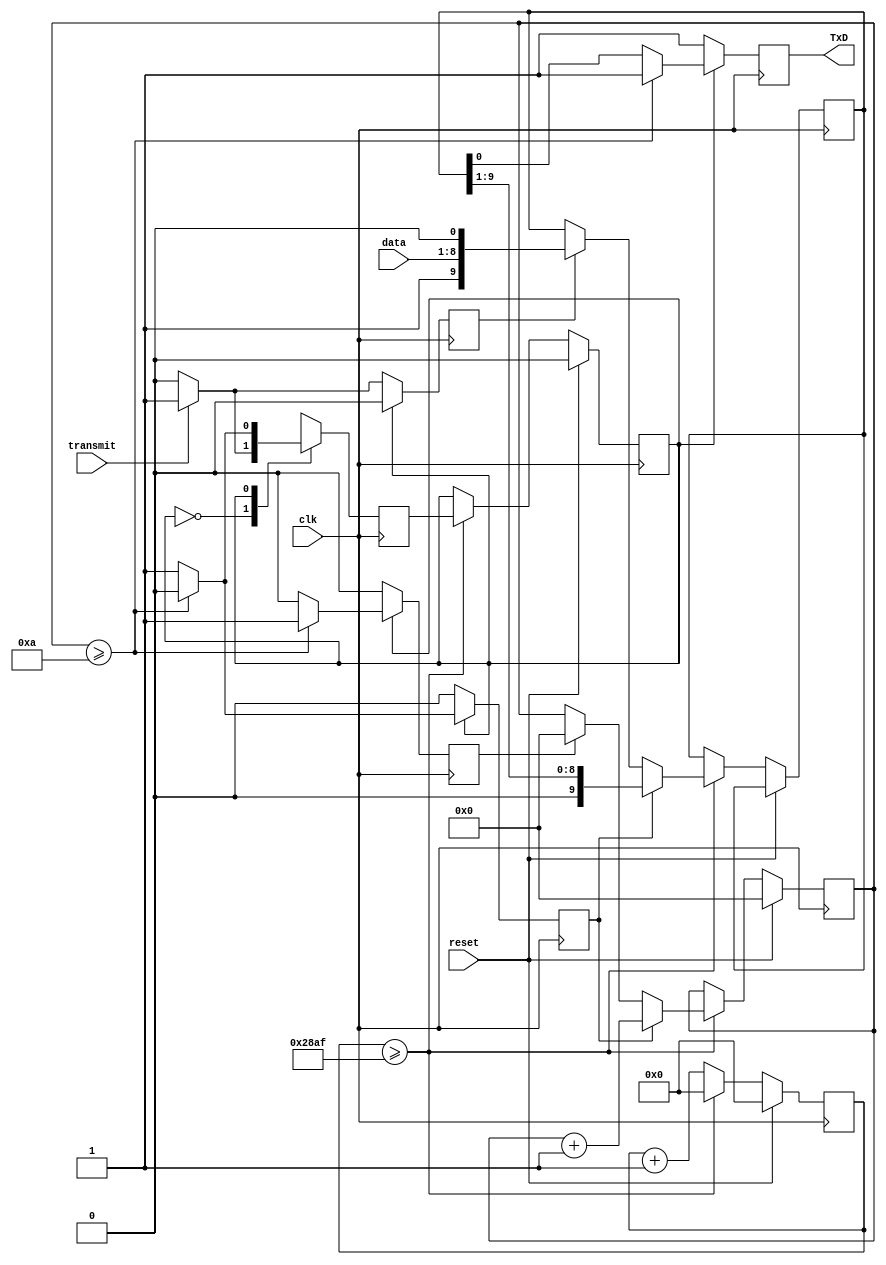
`timescale 1ns/1ps

module transmitter(
input clk, //UART input clock
input reset, // reset signal
input transmit, //btn signal to trigger the UART communication
input [7:0] data, // data transmitted
output reg TxD // Transmitter serial output. TxD will be held high during reset, or when no transmissions aretaking place. 
    );

//internal variables
reg [3:0] bitcounter; //4 bits counter to count up to 10
reg [13:0] counter; //14 bits counter to count the baud rate, counter = clock / baud rate
reg state,nextstate; // initial & next state variable
// 10 bits data needed to be shifted out during transmission.
//The least significant bit is initialized with the binary value 0 (a start bit) A binary value 1 is introduced in the most significant bit 
reg [9:0] rightshiftreg; 
reg shift; //shift signal to start bit shifting in UART
reg load; //load signal to start loading the data into rightshift register and add start and stop bit
reg clear; //clear signal to start reset the bitcounter for UART transmission

//UART transmission logic
always @ (posedge clk) 
begin 
    if (reset) 
	   begin // reset is asserted (reset = 1)
        state <=0; // state is idle (state = 0)
        counter <=0; // counter for baud rate is reset to 0 
        bitcounter <=0; //counter for bit transmission is reset to 0
       end
    else begin
         counter <= counter + 1; //counter for baud rate generator start counting 
            if (counter >= 10415) //if count to 10416 (from 0 to 10415)
               begin 
                  state <= nextstate; //previous state change to next state
                  counter <=0; // reset couter to 0
            	  if (load) rightshiftreg <= {1'b1,data,1'b0}; //load the data if load is asserted
		          if (clear) bitcounter <=0; // reset the bitcounter if clear is asserted
                  if (shift) 
                     begin // if shift is asserted
                        rightshiftreg <= rightshiftreg >> 1; //right shift the data as we transmit the data from lsb
                        bitcounter <= bitcounter + 1; //count the bitcounter
                     end
               end
         end
end 

//state machine

always @ (posedge clk) //trigger by positive edge of clock, 
//always @ (state or bitcounter or transmit)
begin
    load <=0; // set load equal to 0 at the beginning
    shift <=0; // set shift equal to 0 at the beginning
    clear <=0; // set clear equal to 0 at the beginning
    TxD <=1; // set TxD equals to during no transmission
    case (state)
        0: begin // idle state
             if (transmit) begin // assert transmit input
             nextstate <= 1; // Move to transmit state
             load <=1; // set load to 1 to prepare to load the data
             shift <=0; // set shift to 0 so no shift ready yet
             clear <=0; // set clear to 0 to avoid clear any counter
             end 
		else begin // if transmit not asserted
             nextstate <= 0; // next state is back to idle state
             TxD <= 1; 
             end
           end
        1: begin  // transmit state
             if (bitcounter >=10) begin // check if transmission is complete or not. If complete
             nextstate <= 0; // set nextstate back to 0 to idle state
             clear <=1; // set clear to 1 to clear all counters
             end 
		else begin // if transmisssion is not complete 
             nextstate <= 1; // set nextstate to 1 to stay in transmit state
             TxD <= rightshiftreg[0]; // shift the bit to output TxD
             shift <=1; // set shift to 1 to continue shifting the data
             end
           end
         default: nextstate <= 0;                      
    endcase
end


endmodule